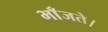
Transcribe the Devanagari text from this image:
भाँजते।